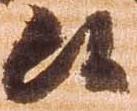
候